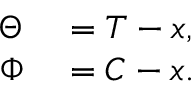
\begin{array} { r l } { \Theta } & { { } = T - x , } \\ { \Phi } & { { } = C - x . } \end{array}